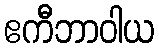
ဧကီဘာဝါယ